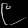
Digit: ၉